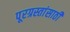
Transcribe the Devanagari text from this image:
पूरग्रस्तांसाठी